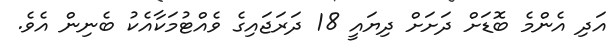
އަދި އެންމެ ބޮޑަށް ދަށަށް ދިޔައީ 18 ދަރަޖައިގެ ވެއްޓުމަކާއެކު ބެނިން އެވެ.